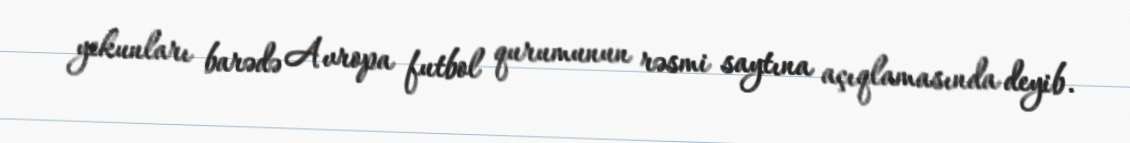
yekunları barədə Avropa futbol qurumunun rəsmi saytına açıqlamasında deyib.